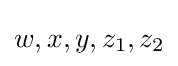
w,x,y,z_{1},z_{2}